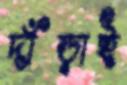
দাঁড়াই